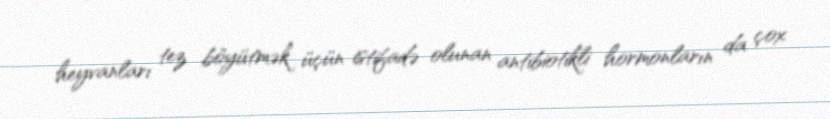
heyvanları tez böyütmək üçün istifadə olunan antibiotikli hormonların da çox